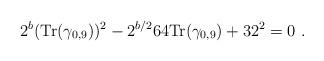
LaTeX: \begin{align*}2^{b} ({\mbox {Tr}} (\gamma_{0,9}))^2 - 2^{b/2} 64 {\mbox {Tr}} (\gamma_{0,9}) + 32^2 = 0~.\end{align*}